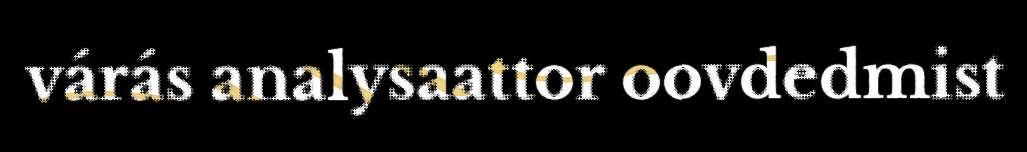
várás analysaattor oovdedmist